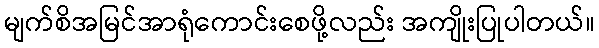
မျက်စိအမြင်အာရုံကောင်းစေဖို့လည်း အကျိုးပြုပါတယ်။